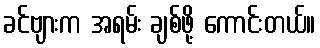
ခင်ဗျားက အရမ်း ချစ်ဖို့ ကောင်းတယ်။